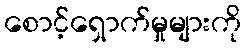
စောင့်ရှောက်မှုများကို